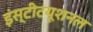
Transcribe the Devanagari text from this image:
इंस्‍टीटयूशनल